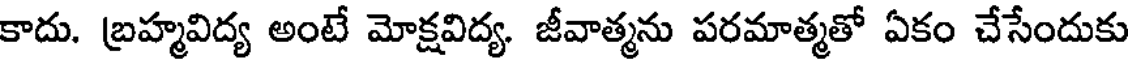
కాదు. బ్రహ్మవిద్య అంటే మోక్షవిద్య. జీవాత్మను పరమాత్మతో ఏకం చేసేందుకు